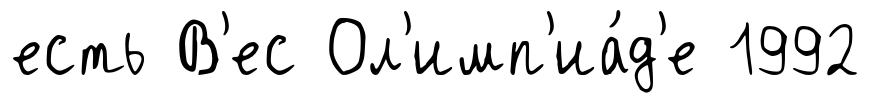
есть В'ес Ол'имп'иа́д'е 1992